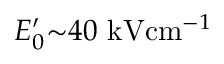
E _ { 0 } ^ { \prime } { \sim } 4 0 \ensuremath { ~ \mathrm { k V } \mathrm { c m } ^ { - 1 } }